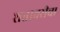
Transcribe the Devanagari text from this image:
शतावरीचा